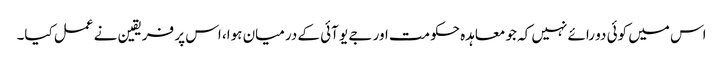
اس میں کوئی دو رائے نہیں کہ جو معاہدہ حکومت اور جے یو آئی کے درمیان ہوا، اس پر فریقین نے عمل کیا۔